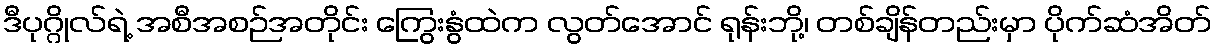
ဒီပုဂ္ဂိုလ်ရဲ့ အစီအစဉ်အတိုင်း ကြွေးနွံထဲက လွတ်အောင် ရုန်းဘို့၊ တစ်ချိန်တည်းမှာ ပိုက်ဆံအိတ်